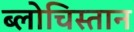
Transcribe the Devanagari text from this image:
ब्लोचिस्तान